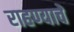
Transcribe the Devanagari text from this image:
राहण्याचें